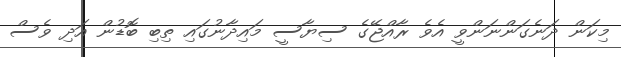
މިކަން ދަނެގަންނަންވީ އެވެ ރާއްޖޭގެ ސިޔާސީ މައިދާނުގައި ތިބި ބޮޑުން އަދި ވެސް